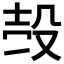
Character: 𣪊